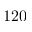
1 2 0